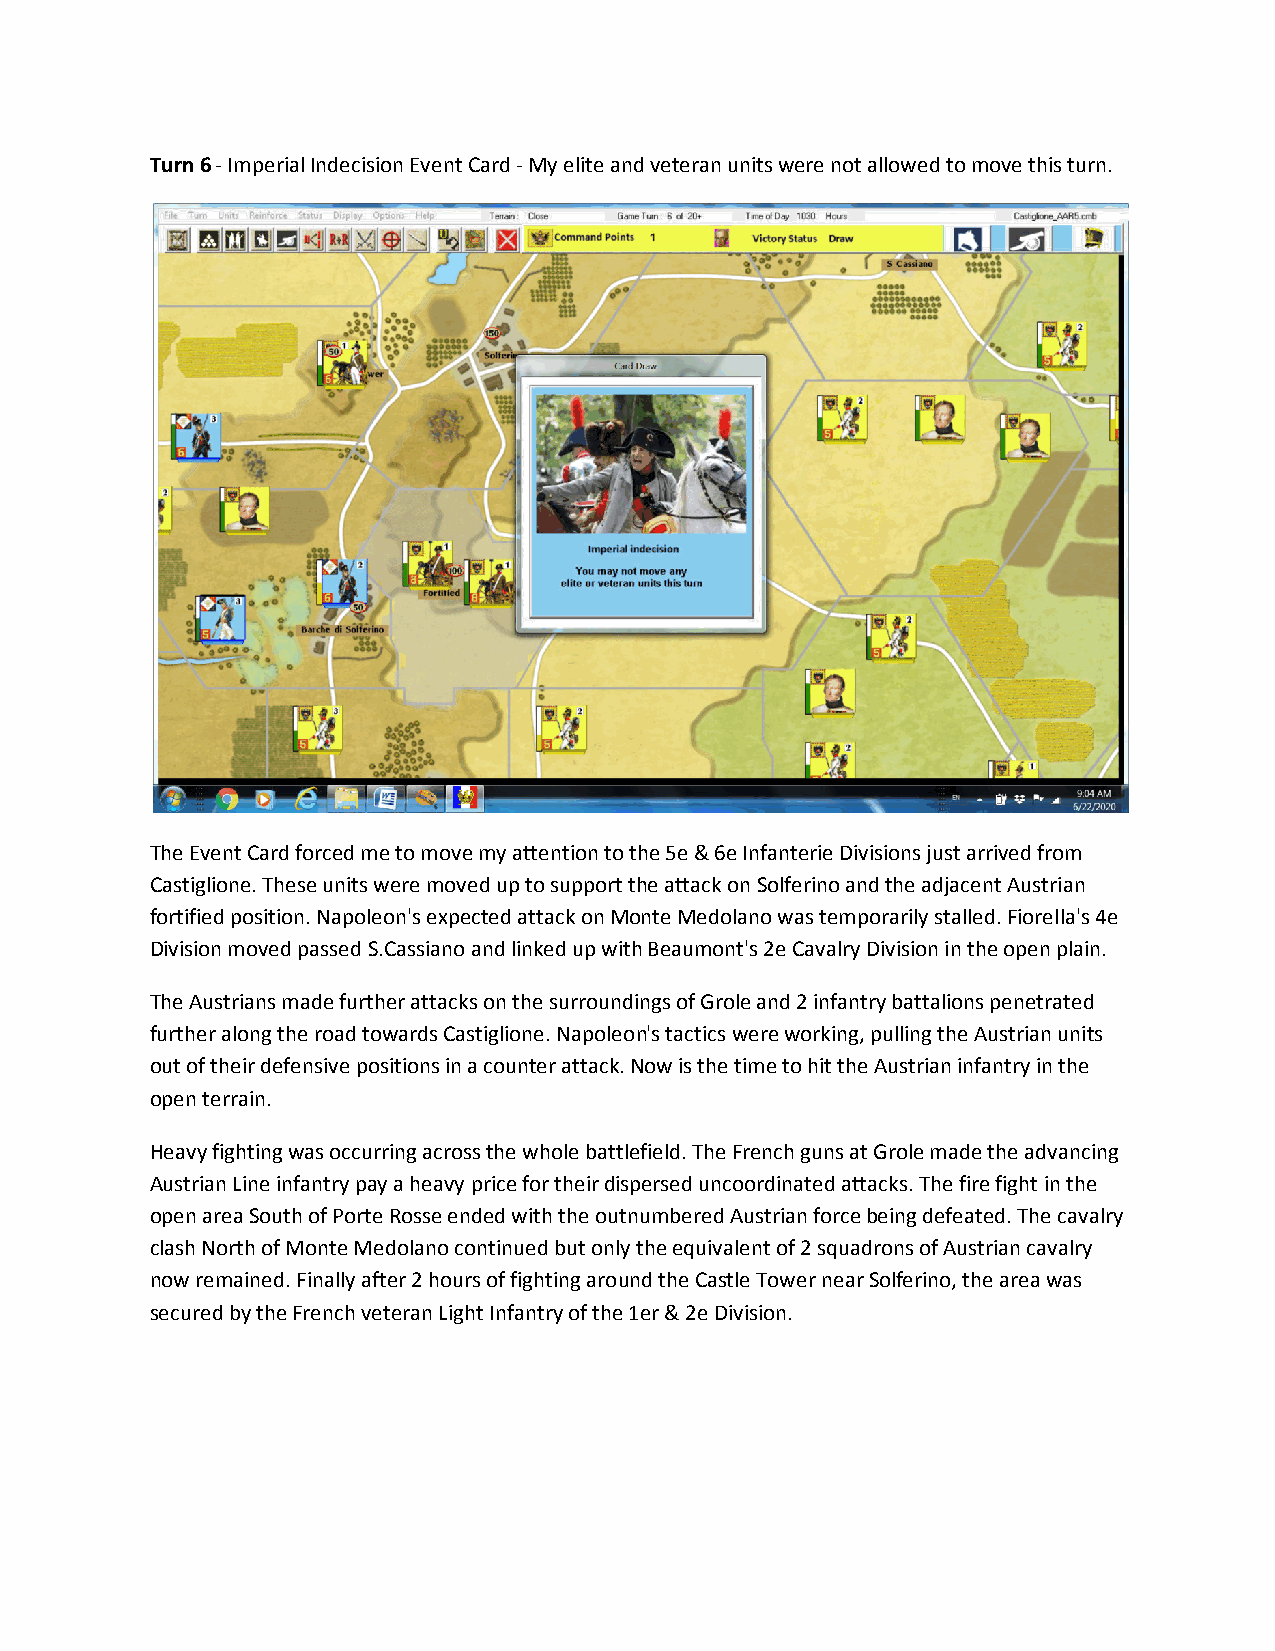
Turn 6 - Imperial Indecision Event Card - My elite and veteran units were not allowed to move this turn.
 The Event Card forced me to move my attention to the 5e & 6e Infanterie Divisions just arrived from
 Castiglione. These units were moved up to support the attack on Solferino and the adjacent Austrian
 fortified position. Napoleon's expected attack on Monte Medolano was temporarily stalled. Fiorella's 4e
 Division moved passed S.Cassiano and linked up with Beaumont's 2e Cavalry Division in the open plain.
 The Austrians made further attacks on the surroundings of Grole and 2 infantry battalions penetrated
 further along the road towards Castiglione. Napoleon's tactics were working, pulling the Austrian units
 out of their defensive positions in a counter attack. Now is the time to hit the Austrian infantry in the
 open terrain.
 Heavy fighting was occurring across the whole battlefield. The French guns at Grole made the advancing
 Austrian Line infantry pay a heavy price for their dispersed uncoordinated attacks. The fire fight in the
 open area South of Porte Rosse ended with the outnumbered Austrian force being defeated. The cavalry
 clash North of Monte Medolano continued but only the equivalent of 2 squadrons of Austrian cavalry
 now remained. Finally after 2 hours of fighting around the Castle Tower near Solferino, the area was
 secured by the French veteran Light Infantry of the 1er & 2e Division.